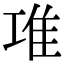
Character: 𨾊